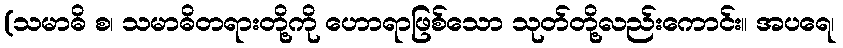
(သမာဓိ စ၊ သမာဓိတရားတို့ကို ဟောရာဖြစ်သော သုတ်တို့လည်းကောင်း။ အပရေ၊